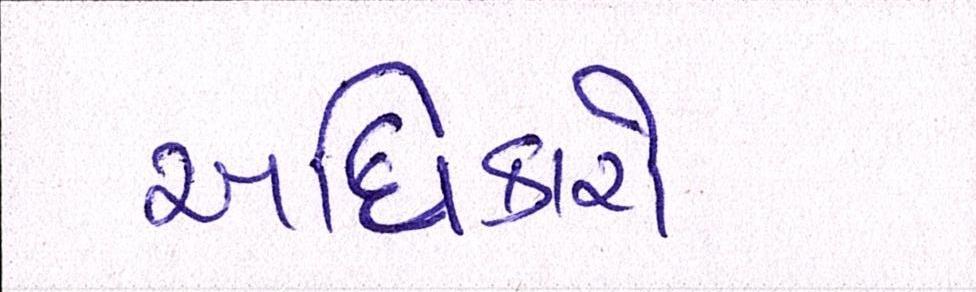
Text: અધિકારો